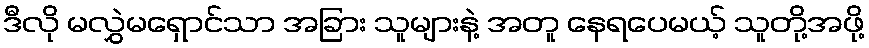
ဒီလို မလွှဲမရှောင်သာ အခြား သူများနဲ့ အတူ နေရပေမယ့် သူတို့အဖို့